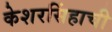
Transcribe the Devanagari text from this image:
केशरसिंहाची